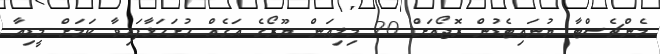
މެންޗެސްޓާ ޔުނައިޓެޑުން ރޮޖޯއަށް 20 މިލިއަން ޔޫރޯގެ އަގެއް ހުށަހަޅާފައިވާ ކަމަށް މީޑިއާ